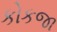
કોકજા